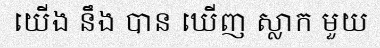
យើង នឹង បាន ឃើញ ស្លាក មួយ